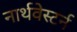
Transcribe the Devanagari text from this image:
नार्थवेस्टर्न